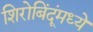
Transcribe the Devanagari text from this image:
शिरोबिंदूंमध्ये